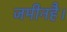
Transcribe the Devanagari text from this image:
जमीनहै।